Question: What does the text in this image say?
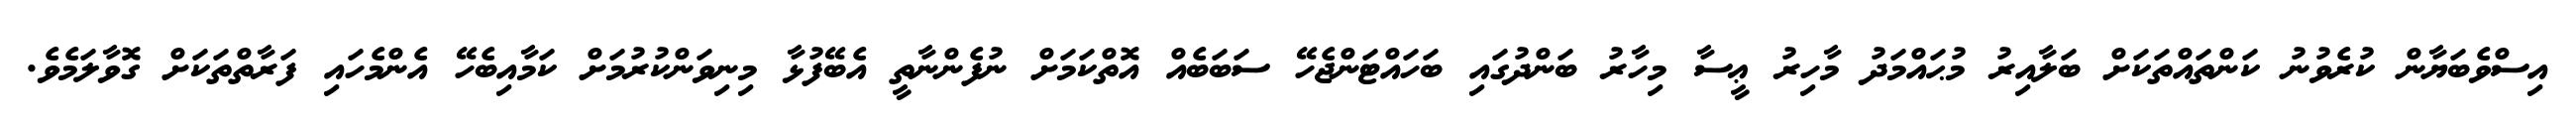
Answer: އިސްވެބަޔާން ކުރެވުނު ކަންތައްތަކަށް ބަލާއިރު މުޙައްމަދު މާހިރު ޢީސާ މިހާރު ބަންދުގައި ބަހައްޓަންޖެހޭ ސަބަބެއް އޮތްކަމަށް ނުފެންނާތީ އެބޭފުޅާ މިނިވަންކުރުމަށް ކަމާއިބެހޭ އެންމެހައި ފަރާތްތަކަށް ގޮވާލަމެވެ.